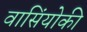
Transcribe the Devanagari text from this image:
वासिंयोकी